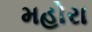
મહોરા